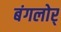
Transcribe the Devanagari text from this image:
बंगलोर्